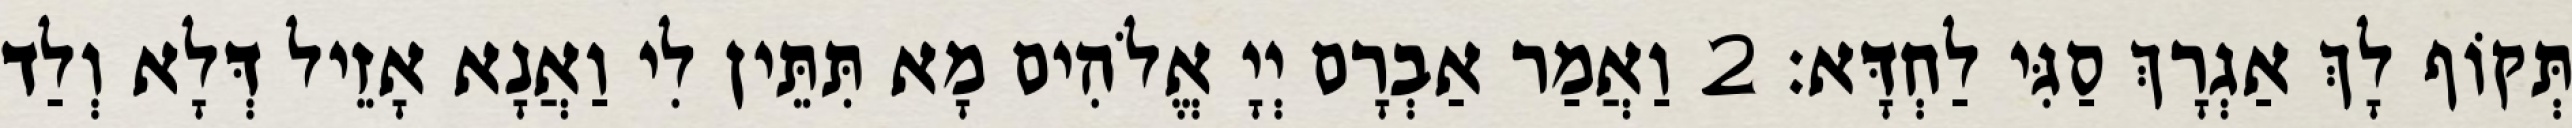
תְּקוֹף לָךְ אַגְרָךְ סַגִּי לַחְדָּא׃ 2 וַאֲמַר אַבְרָם יְיָ אֱלֹהִים מָא תִּתֵּין לִי וַאֲנָא אָזֵיל דְּלָא וְלַד